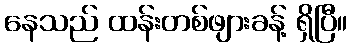
နေသည် ထန်းတစ်ဖျားခန့် ရှိပြီ။